Problem: 4 × 7 = ?
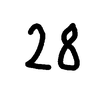
Handwritten answer: 28